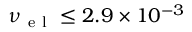
\nu _ { \mathrm { ~ e ~ l ~ } } \leq 2 . 9 \times 1 0 ^ { - 3 }